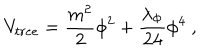
V _ { t r e e } = { \frac { m ^ { 2 } } { 2 } } \phi ^ { 2 } + { \frac { \lambda _ { \Phi } } { 2 4 } } \phi ^ { 4 } ~ ,